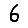
Digit: 6